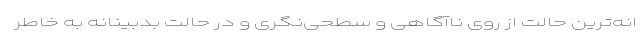
انه‌ترین حالت از روی ناآگاهی و سطحی‌نگری و در حالت بدبینانه به خاطر